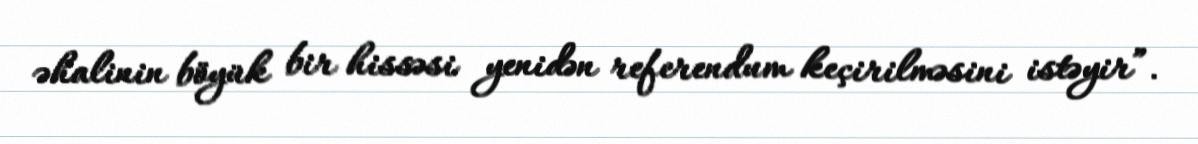
əhalinin böyük bir hissəsi yenidən referendum keçirilməsini istəyir”.